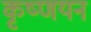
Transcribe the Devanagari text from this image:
कृष्णयन